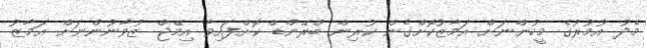
މެދު އުމުރުގެ މީހުންނަށް އަމާޒުކޮށްގެން ކުރިން ބްރޭންޑް ކޮށްފައިވާ އިމޭޖް ޒުވާނުންނަށް އަމާޒު